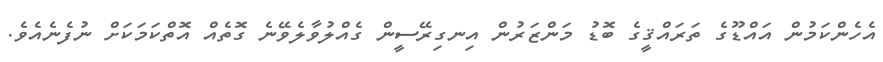
އެހެންކަމުން އައްޑޫގެ ތަރައްޤީގެ ބޮޑު މަންޒަރުން އިނގިރޭސީން ގެއްލުވާލެވޭނެ ގޮތެއް އޮތްކަމަކަށް ނުފެނެއެވެ.